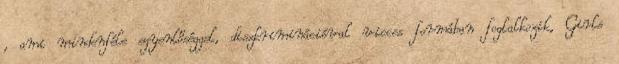
, ami mindenféle egyenlőséggel, diszkriminációval vicces formában foglalkozik, Girls